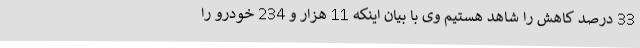
33 درصد کاهش را شاهد هستیم وی با بیان اینکه 11 هزار و 234 خودرو را